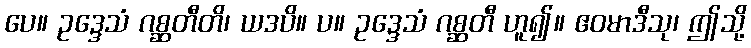
ပေ။ ဥဒ္ဒေသံ ဂစ္ဆတီတိ၊ ယဒပိ။ ပ။ ဥဒ္ဒေသံ ဂစ္ဆတီ ဟူ၍။ ဧဝမာဒီသု၊ ဤသို့